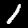
Digit: 1